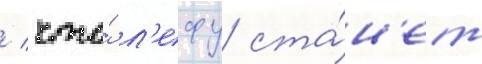
/ что́ л'ефу ста́н'ет